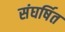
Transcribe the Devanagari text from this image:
संघर्षित